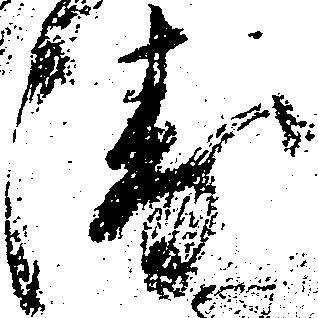
衛